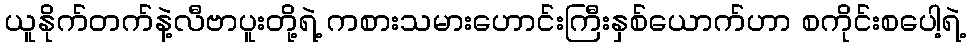
ယူနိုက်တက်နဲ့လီဗာပူးတို့ရဲ့ ကစားသမားဟောင်းကြီးနှစ်ယောက်ဟာ စကိုင်းစပေါ့ရဲ့